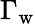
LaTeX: \Gamma_{\mathrm{w}}